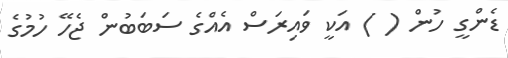
ޑެންގީ ހުން ( ) އަކީ ވައިރަސް އެއްގެ ސަބަބުން ޖެހޭ ހުމުގެ